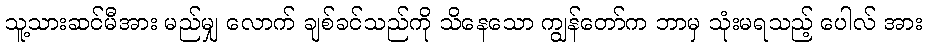
သူ့သားဆင်မီအား မည်မျှ လောက် ချစ်ခင်သည်ကို သိနေသော ကျွန်တော်က ဘာမှ သုံးမရသည့် ပေါလ် အား